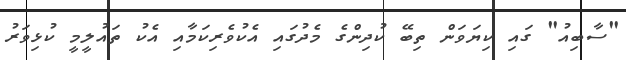
"ސާބިއު" ގައި ކިޔަވަން ތިބޭ ކުދިންގެ މެދުގައި އެކުވެރިކަމާއި އެކު ތައުލީމީ ކުޅިވަރު